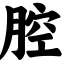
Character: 腔